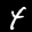
Label: 4